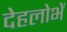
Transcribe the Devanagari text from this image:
देहलोभें